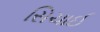
સિચાઈ